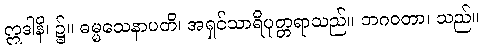
ဣဒါနိ၊ ၌။ ဓမ္မသေနာပတိ၊ အရှင်သာရိပုတ္တရာသည်။ ဘဂဝတာ၊ သည်။